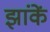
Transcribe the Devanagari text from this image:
झांकें